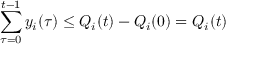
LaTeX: \sum _ { \tau = 0 } ^ { t - 1 } y _ { i } ( \tau ) \leq Q _ { i } ( t ) - Q _ { i } ( 0 ) = Q _ { i } ( t )